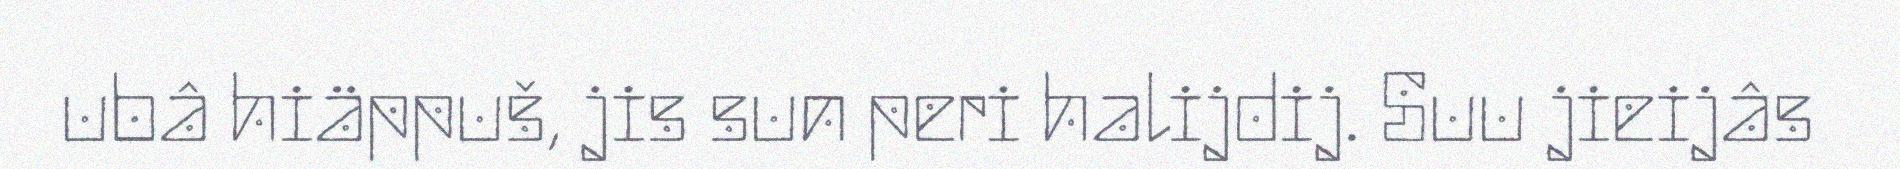
ubâ hiäppuš, jis sun peri halijdij. Suu jieijâs